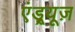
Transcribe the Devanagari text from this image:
एंड्र्यूज़